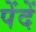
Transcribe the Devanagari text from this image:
पेंदें